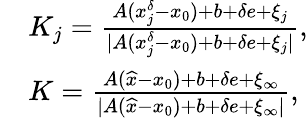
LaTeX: \begin{array}{rl}&{K_{j}=\frac{A(x_{j}^{\delta}-x_{0})+b+\delta e+\xi_{j}}{|A(x_{j}^{\delta}-x_{0})+b+\delta e+\xi_{j}|},}\\ &{K=\frac{A(\widehat{x}-x_{0})+b+\delta e+\xi_{\infty}}{|A(\widehat{x}-x_{0})+b+\delta e+\xi_{\infty}|},}\end{array}